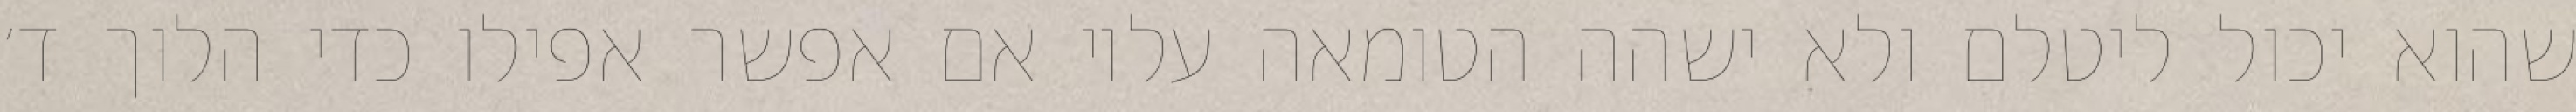
שהוא יכול ליטלם ולא ישהה הטומאה עליו אם אפשר אפילו כדי הלוך ד׳